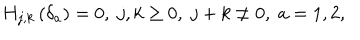
LaTeX: H _ { j , k } \left( \delta _ { a } \right) = 0 , \; j , k \geq 0 , \; j + k \neq 0 , \; a = 1 , 2 ,